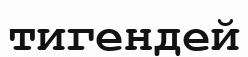
тигендей